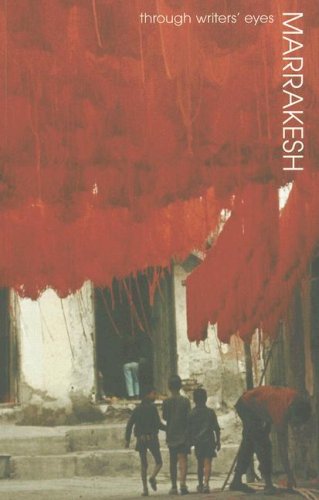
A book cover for Marrakesh (Through Writers' Eyes); Barnaby Rogerson; Travel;